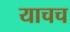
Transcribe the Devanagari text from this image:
याचच